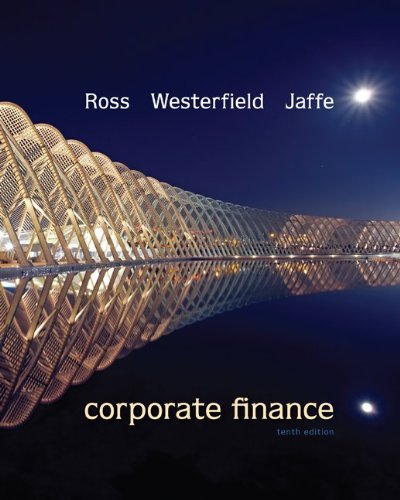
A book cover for Corporate Finance, 10th Edition; Stephen Ross; Business & Money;